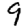
Digit: 9